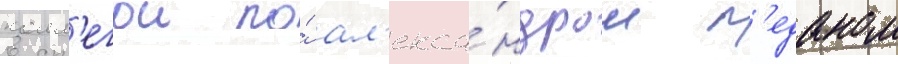
колл'егои по́ ал'екса́ндром п'еданом